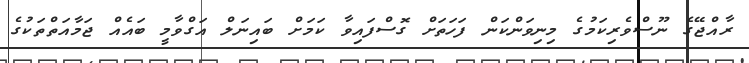
ރާއްޖޭގެ ނޫސްވެރިކަމުގެ މިނިވަންކަން ފަހަތަށް ގޮސްފައިވާ ކަމަށް ބައިނަލް އަގްވާމީ ބައެއް ޖަމާއަތްތަކުގެ